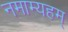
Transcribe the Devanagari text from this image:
नमाम्यहम्‌